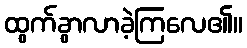
ထွက်ခွာလာခဲ့ကြလေ၏။